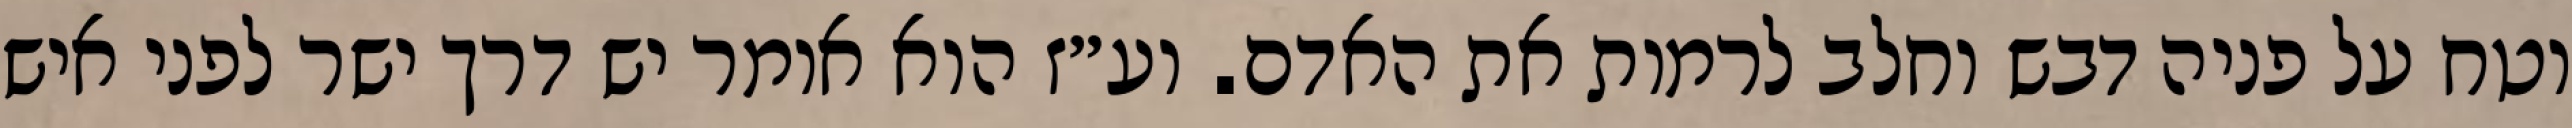
וטח על פניה דבש וחלב לרמות את האדם. וע״ז הוא אומר יש דרך ישר לפני איש